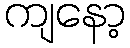
ကျနော့